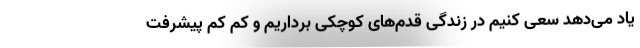
یاد می‌دهد سعی کنیم در زندگی قدم‌های کوچکی برداریم و کم کم پیشرفت